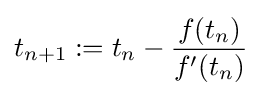
t_{n+1}:=t_{n}-{\frac {f(t_{n})}{f'(t_{n})}}